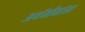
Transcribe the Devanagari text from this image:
अर्थमीमांसा